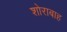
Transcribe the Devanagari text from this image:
शोराबाह